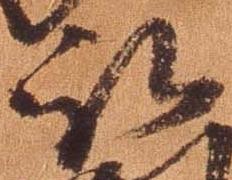
被